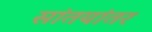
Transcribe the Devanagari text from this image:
सांतयांतर